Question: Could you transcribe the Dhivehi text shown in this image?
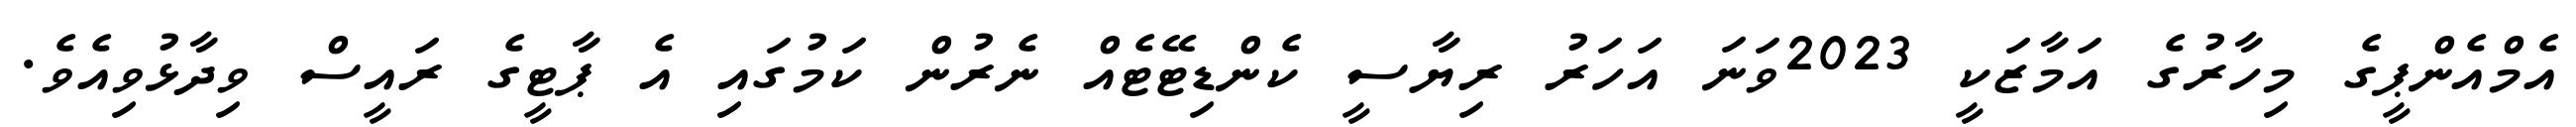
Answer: އެމްއެންޕީގެ މިހާރުގެ އަމާޒަކީ 2023ވަނަ އަހަރު ރިޔާސީ ކެންޑިޓޭޓެއް ނެރުން ކަމުގައި އެ ޕާޓީގެ ރައީސް ވިދާޅުވިއެވެ.